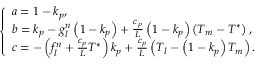
\left\{ \begin{array} { l } { a = 1 - k _ { p } , } \\ { b = k _ { p } - g _ { l } ^ { n } \left( 1 - k _ { p } \right) + \frac { c _ { p } } { L } \left( 1 - k _ { p } \right) \left( T _ { m } - T ^ { * } \right) , } \\ { c = - \left( f _ { l } ^ { n } + \frac { c _ { p } } { L } T ^ { * } \right) k _ { p } + \frac { c _ { p } } { L } \left( T _ { l } - \left( 1 - k _ { p } \right) T _ { m } \right) . } \end{array} \right.